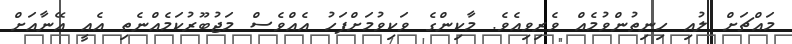
މައްޗަށް ލުއި ހިނިތުންވުމެއް ވެރިވިއެވެ. މާކިންގެ ވަކިވުމަށްފަހު އެއްވެސް މަޖުބޫރުކަމެއްނެތި އެއީ އޭނާއަށް